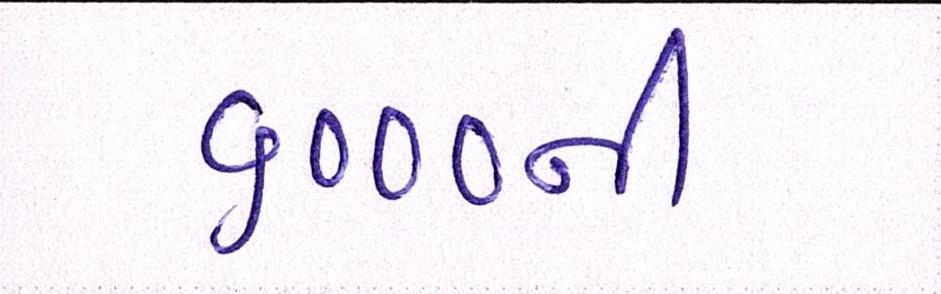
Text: ૬૦૦૦ની